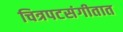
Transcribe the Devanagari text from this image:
चित्रपटसंगीतात